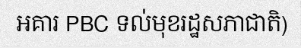
អគារ PBC ទល់មុខរដ្ឋសភាជាតិ)